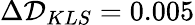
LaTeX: \Delta\mathcal{D}_{KLS}=0.005